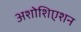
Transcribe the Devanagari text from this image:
अशोशिएशन